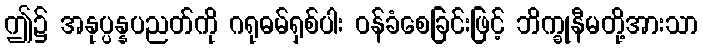
ဤ၌ အနုပ္ပန္နပညတ်ကို ဂရုဓမ်ရှစ်ပါး ဝန်ခံစေခြင်းဖြင့် ဘိက္ခုနီမတို့အားသာ